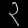
Digit: ၃